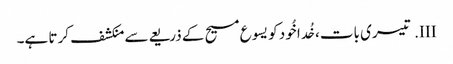
III.	تیسری بات، خُدا خُود کو یسوع مسیح کے ذریعےسے منکشف کرتا ہے۔